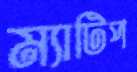
ম্যাটিপ